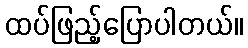
ထပ်ဖြည့်ပြောပါတယ်။